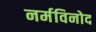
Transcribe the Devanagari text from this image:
नर्मविनोद